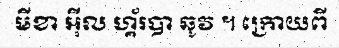
មីខា អ៊ីល ហ្គ័របា ឆូវ ។ ក្រោយពី